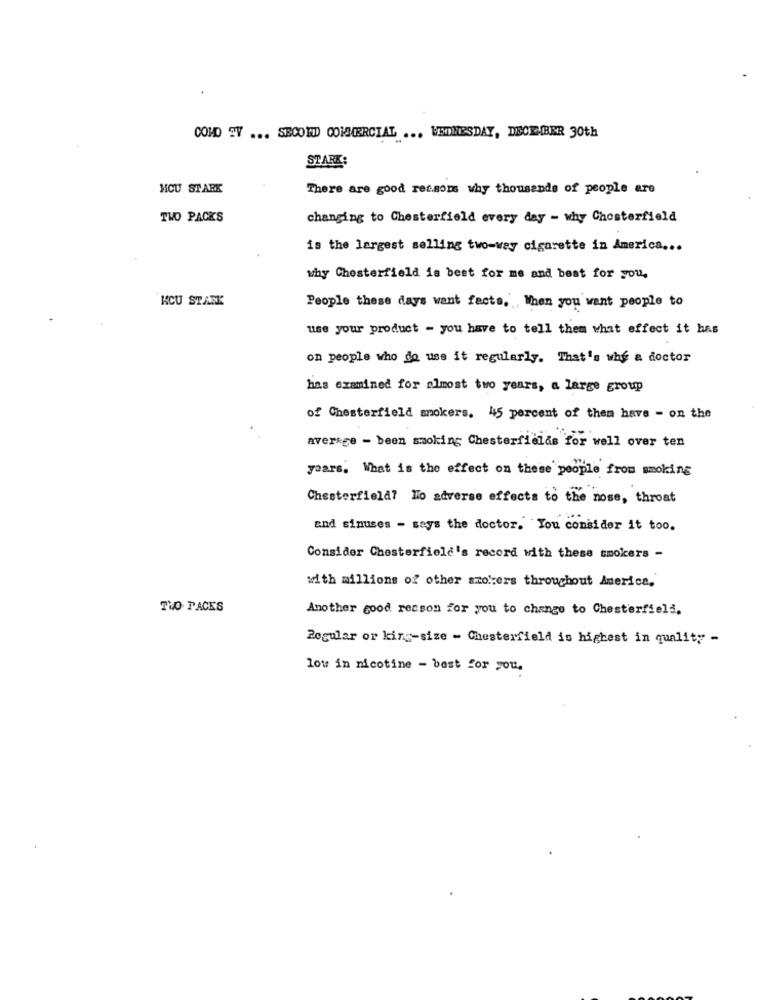
COMO EV ... SECOND COMMERCIAL ... WEDNESDAY, DECEMBER 30th
STARK
MCU STARK
There are good ret.som why thousands of people are
TWO PACKS
changing to Chesterfield every day - why Chesterfield
is the largest selling two-way cigarette in America ...
why Chesterfield is best for me and best for you.
KCU STARK
People these days want facts. When you want people to
use your product - you have to tell them what effect it has
on people who do use it regularly. That's why a doctor
has examined for almost two years, a large group
of Chesterfield mokers. 45 percent of them have - on the
average - been smoking Chesterfields for well over ten
years. What is the effect on these people from smoking
Chesterfield? No adverse effects to the nose, throat
and sinuses - says the doctor. You consider it too.
Consider Chesterfield's record with these smokers -
with millions of other szo .: ers throughout America.
TVO PACKS
Another good reason for you to change to Chesterfield.
Regular or king-size - Chesterfield is highest in quality -
low in nicotine - best for you.